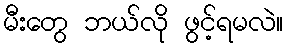
မီးတွေ ဘယ်လို ဖွင့်ရမလဲ။